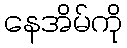
နေအိမ်ကို